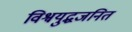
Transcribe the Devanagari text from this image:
विश्वयुद्धजनित